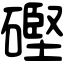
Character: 䃘